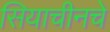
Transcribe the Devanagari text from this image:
सियाचीनचे